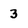
Character: 3